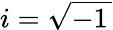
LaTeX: i={\sqrt{-1\, }}